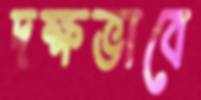
দক্ষভাবে